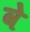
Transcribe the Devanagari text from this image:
वेे